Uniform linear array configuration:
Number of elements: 64
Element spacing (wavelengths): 0.75
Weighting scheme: cosine
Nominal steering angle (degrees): -15
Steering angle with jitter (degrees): -13.423
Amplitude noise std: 0.05
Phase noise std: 0.05

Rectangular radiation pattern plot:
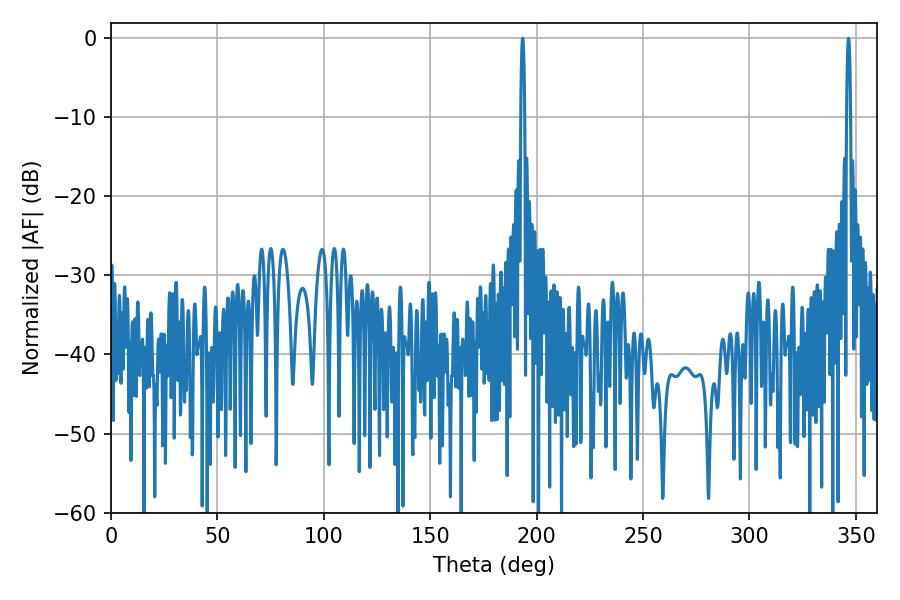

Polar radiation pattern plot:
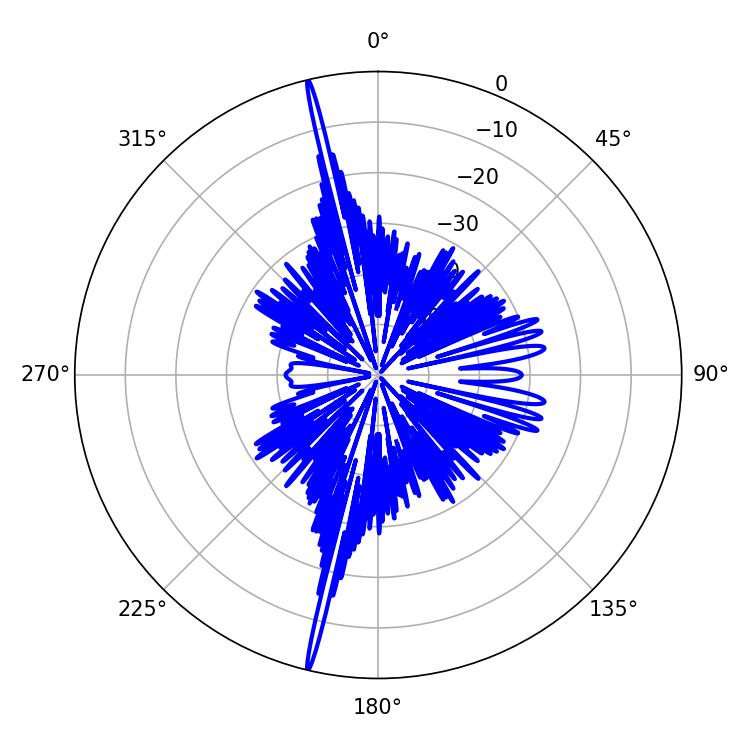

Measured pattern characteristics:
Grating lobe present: TRUE
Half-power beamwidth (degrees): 0.9
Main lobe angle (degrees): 346.5